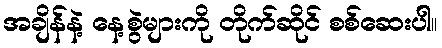
အချိန်နဲ့ နေ့စွဲများကို တိုက်ဆိုင် စစ်ဆေးပါ။